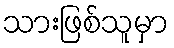
သားဖြစ်သူမှာ